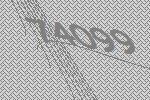
74099